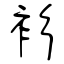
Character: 衫